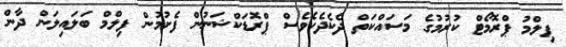
ފިލްމު ޕްރޮމޯޓް ކުރުމުގެ މަސައްކަތް ދެކެދެކެވެސް ޕްރޮޑަކްޝަނުން ފެށުމުން ފިލްމް ބަލައިލަން ދާން